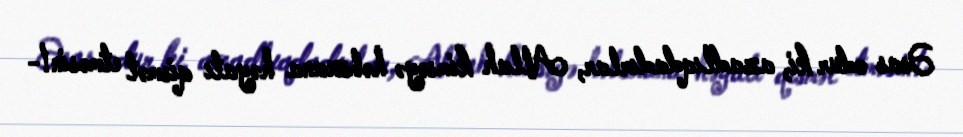
Əsas odur ki, azadlıqdadırlar, Allah kimsəyə həbsxana həyatı qismət etməsin!-